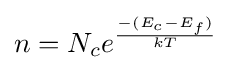
n=N_{c}e^{\frac {-(E_{c}-E_{f})}{kT}}